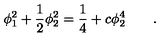
\phi _ { 1 } ^ { 2 } + \frac { 1 } { 2 } \phi _ { 2 } ^ { 2 } = \frac { 1 } { 4 } + c \phi _ { 2 } ^ { 4 } \qquad .